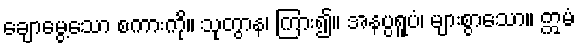
ချောမွေ့သော စကားကို။ သုတွာန၊ ကြား၍။ အနပ္ပရူပံ၊ များစွာသော။ ဣမံ